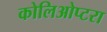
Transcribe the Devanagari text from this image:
कोलिओप्टरा